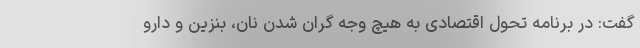
گفت: در برنامه تحول اقتصادی به هیچ وجه گران شدن نان، بنزین و دارو